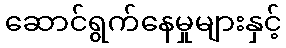
ဆောင်ရွက်နေမှုများနှင့်